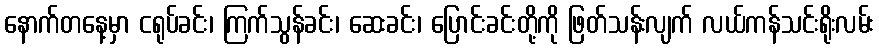
နောက်တနေ့မှာ ငရုပ်ခင်း၊ ကြက်သွန်ခင်း၊ ဆေးခင်း၊ ပြောင်းခင်းတို့ကို ဖြတ်သန်းလျက် လယ်ကန်သင်းရိုးလမ်း